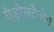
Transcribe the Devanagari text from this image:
एंड्रोसटेनोन